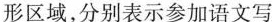
形区域，分别表示参加语文写